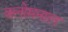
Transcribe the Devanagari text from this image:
क्लोमनाल